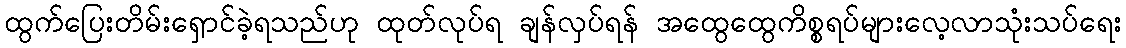
ထွက်ပြေးတိမ်းရှောင်ခဲ့ရသည်ဟု ထုတ်လုပ်ရ ချန်လှပ်ရန် အထွေထွေကိစ္စရပ်များလေ့လာသုံးသပ်ရေး